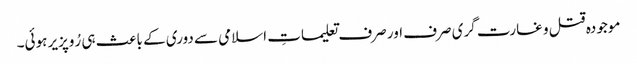
موجودہ قتل و غارت گری صرف اور صرف تعلیماتِ اسلامی سے دوری کے باعث ہی رُوپزیر ہوئی۔